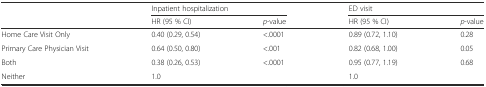
| <ROWSPAN=2>  | <COLSPAN=2> Inpatient hospitalization | <COLSPAN=2> ED visit |
 | HR (95 % CI) | p-value | HR (95 % CI) | p-value |
 | --- | --- | --- | --- | --- |
 | Home Care Visit Only | 0.40 (0.29, 0.54) | <.0001 | 0.89 (0.72, 1.10) | 0.28 |
 | Primary Care Physician Visit | 0.64 (0.50, 0.80) | <.001 | 0.82 (0.68, 1.00) | 0.05 |
 | Both | 0.38 (0.26, 0.53) | <.0001 | 0.95 (0.77, 1.19) | 0.68 |
 | Neither | 1.0 |  | 1.0 |  |